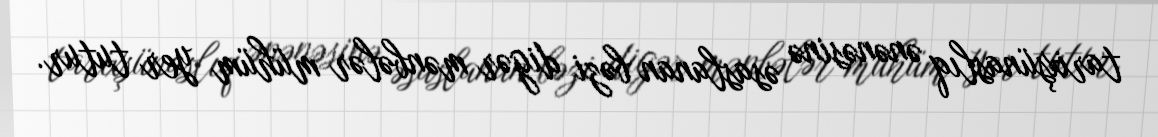
tarixşünaslıq ənənəsinə əsaslanan bəzi digər mənbələr mühüm yer tutur.